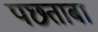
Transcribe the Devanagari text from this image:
पछताबा